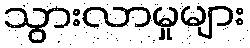
သွားလာမှုများ